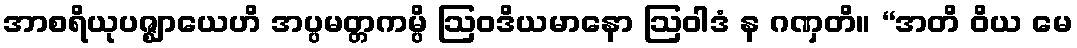
အာစရိယုပဇ္ဈာယေဟိ အပ္ပမတ္တကမ္ပိ ဩဝဒိယမာနော ဩဝါဒံ န ဂဏှတိ။ “အတိ ဝိယ မေ